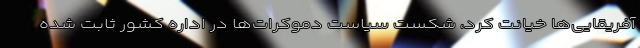
آفریقایی‌ها خیانت کرد، شکست سیاست دموکرات‌ها در اداره کشور ثابت شده